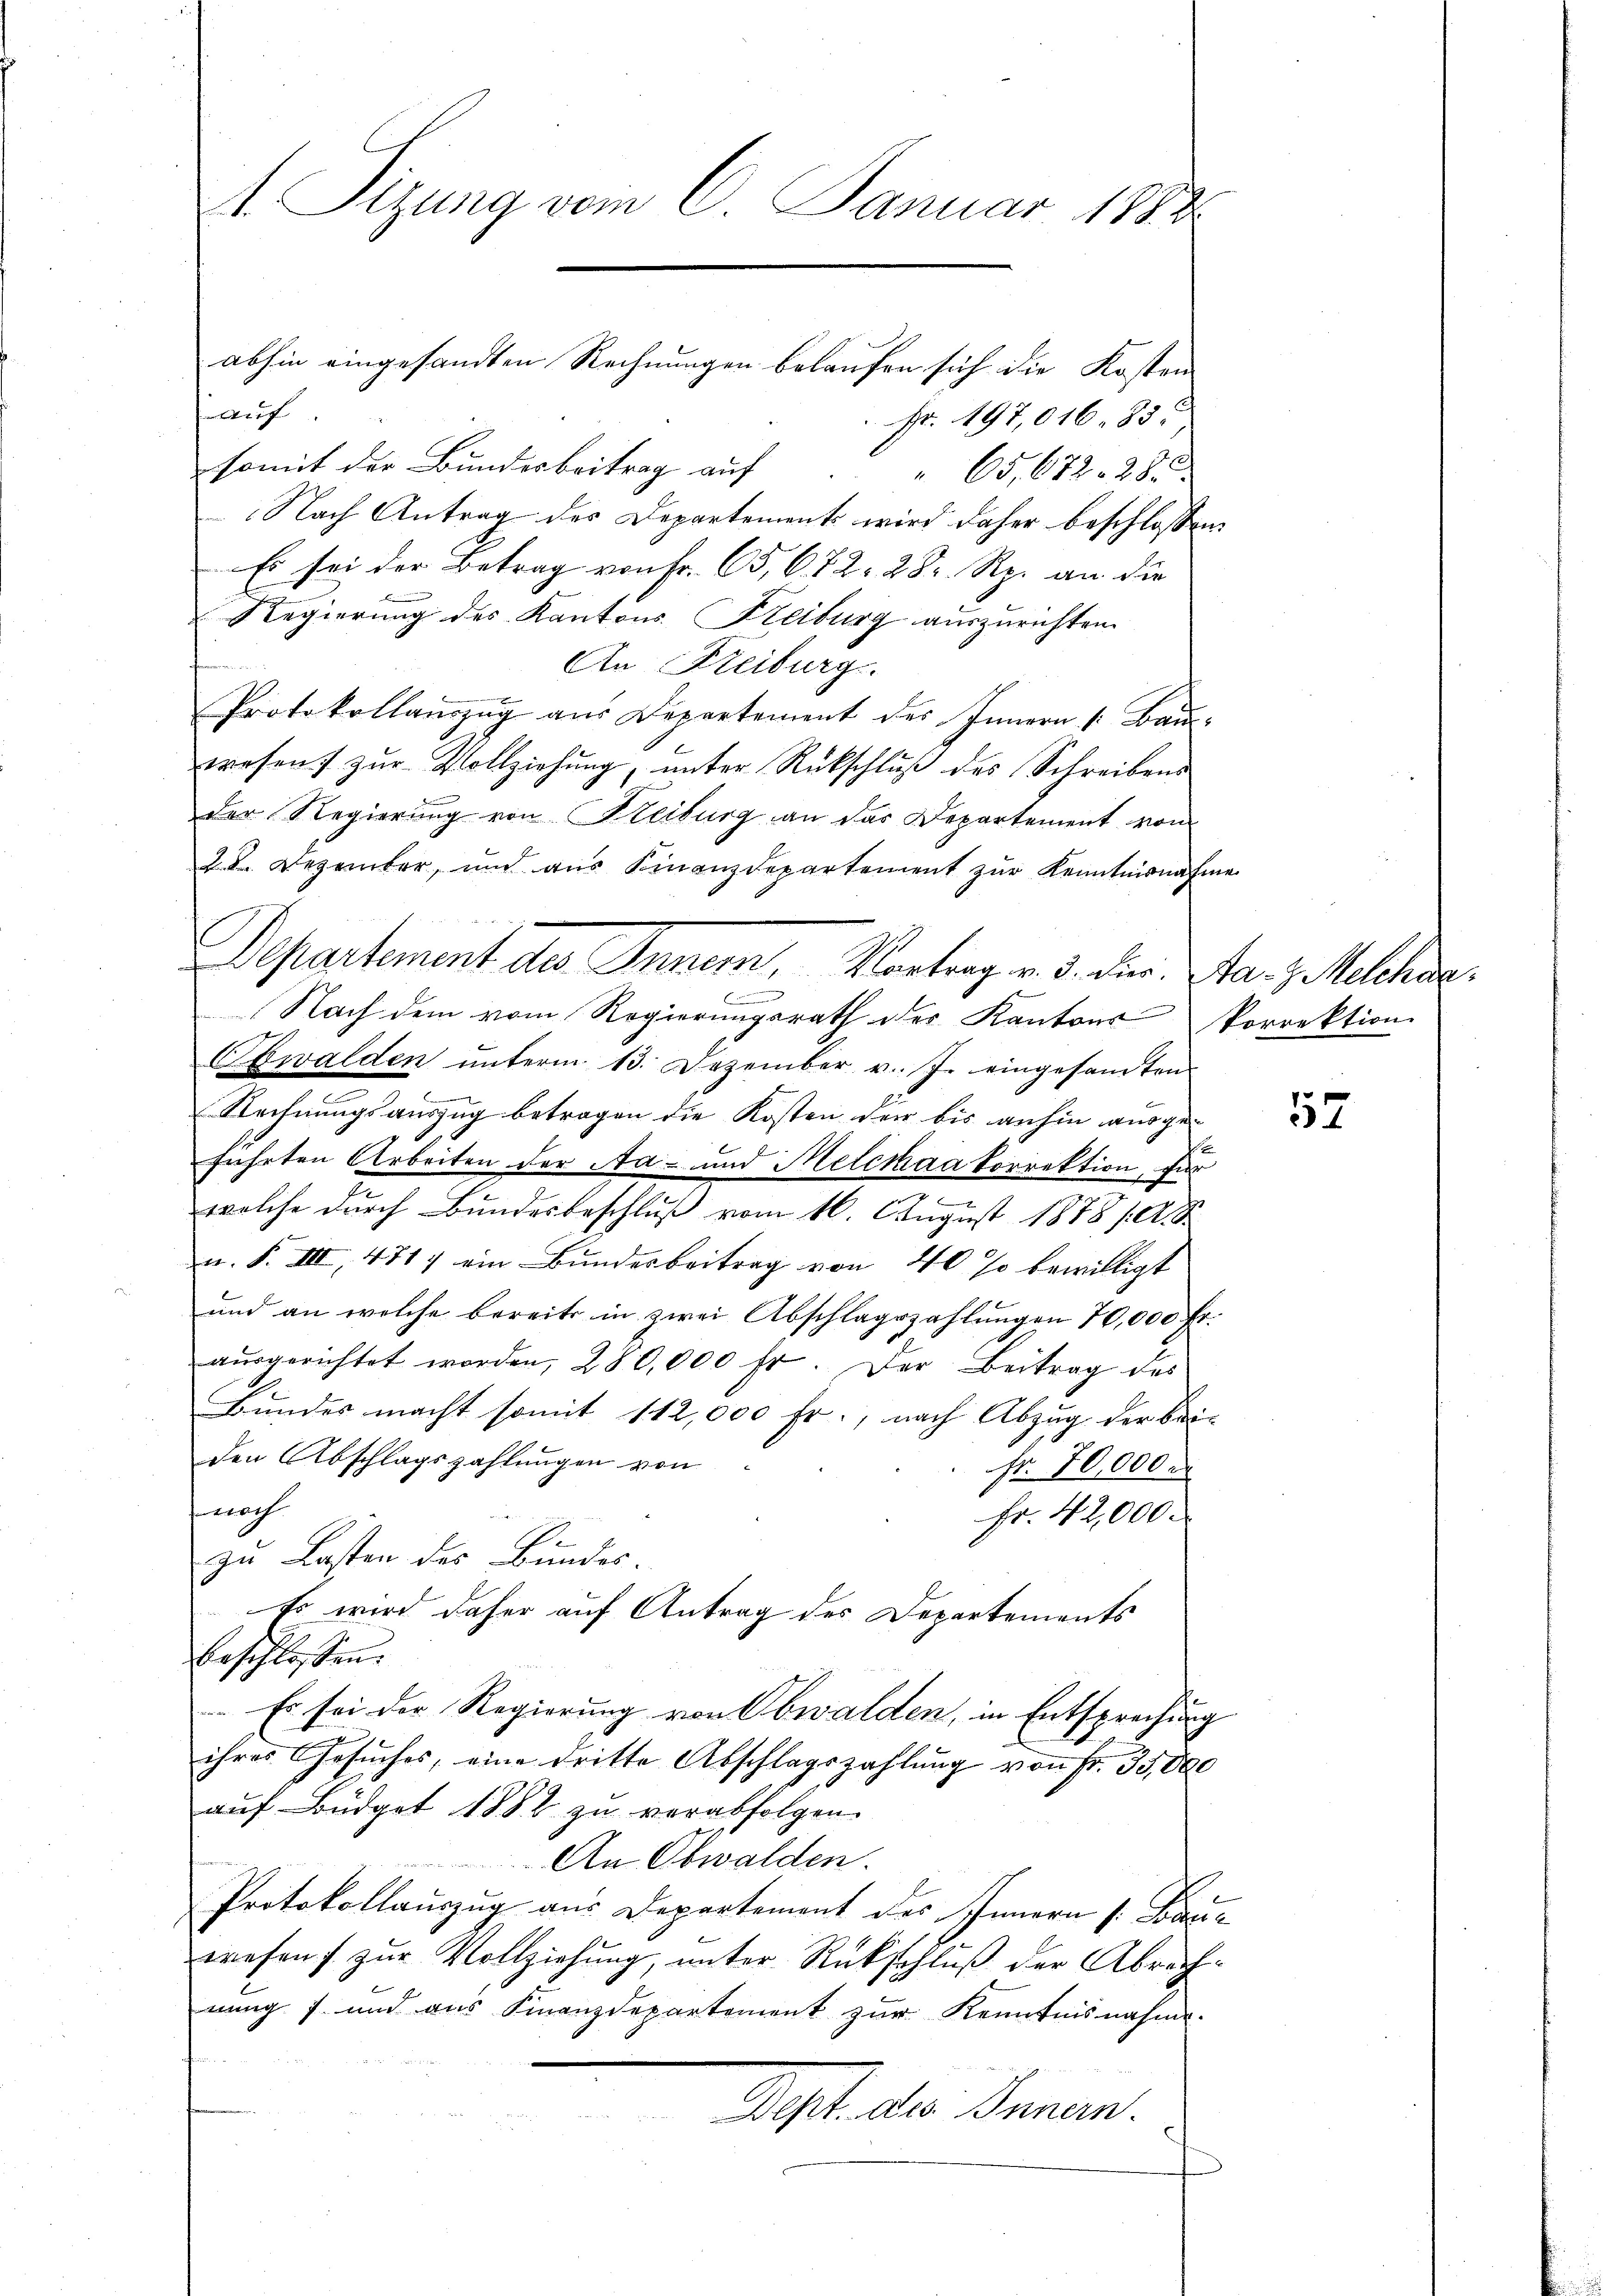
Sizung vom 6. Januar 1888.

abhin eingesandten Rechnungen belaufen sich die Kosten
auf
Nr. 197,016. 85.
somit der Bundesbeitrag auf
65. 672. 28.
Nach Antrag des Departement wird daher beschlossen:
Es sei der Betrag von Fr. 65, 672. 282. Rp. an die
Regierung des Kantons Kreiburg auszurichten.
An Freiburg.
Protokollauszug aus Departement des Innern 1. Baŭ-
wesen zŭr Vollziehung, unter Rückschlŭβ des Schreibens
der Regierung von Freiburg an das Departement von
2.K. Dezember, und aus Finanzdepartement zŭr Kenntnisnahme
Departement des Inner, Vortrag v. 3. Der Mar. J. Melche
2
i
Nach dem vom Regierungsrath der Kantons Porrektion
Obwalden ŭnterm 13. Dezember v. J. eingesamten
Rechnungsauszug betragen die Kosten der bis anhin ausge-
führten Arbeiten der Aa- und Melcmaa korrektion, für
welche durch Bundesbeschluß vom 16. August 1878 10. S.
u. F. III, 471) ein Bundesbeitrag von 40 % bewilligt
und an welche bereits in zwei Abschlagszahlungen 70,000 Fr.
aŭsgerichtet worden, 280,000 fr. Der Beitrag des
Bundes macht somit 112,000 Fr., nach Abzug der bei-
den Abschlagszahlungen von
Nr. 70,000.
rach
Fr. 42,000.
zu Lasten des Bundes-
Es wird daher auf Antrag des Departements
beschlossen:
 Es sei der Regierung von Obwalden, in Entsprechung
ihres Gesuches, eine dritte Abschlagszahlung von Fr. 35,000
auf Büdget 1882 zu verabfolgen.
An Obwalden.
Protokollauszug aus Departement des Innern [Facie
wesen zŭr Vollziehung, unter Rückschlŭβ der Abrech-
nung 7 und aus Finanzdepartement zur Kenntnisnahme.
A. 1. der Seren.

57